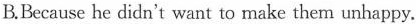
B.Because he didn't want to make them unhappy.